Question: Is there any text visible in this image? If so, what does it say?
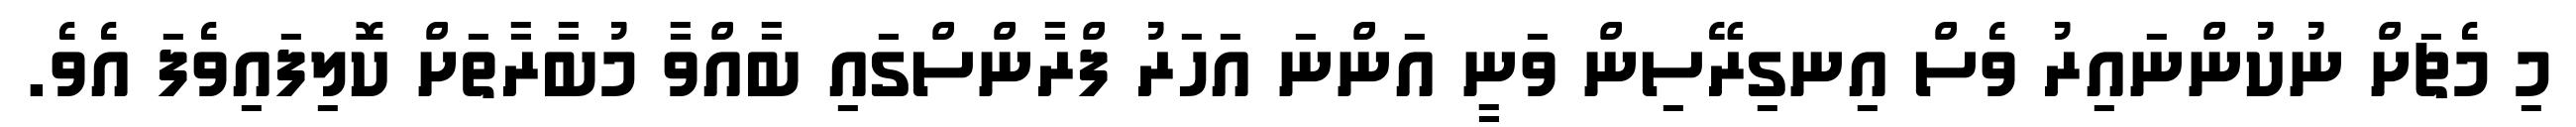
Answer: މި މެޗަށް ނުކުންނައިރު ވެސް އިނގިރޭސިން ވަނީ އަންނަ އަހަރު ފްރާންސްގައި ބާއްވާ މުބާރާތަށް ކޮލިފައިވެފަ އެވެ.